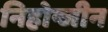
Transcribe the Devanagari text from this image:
निहोन्जीन